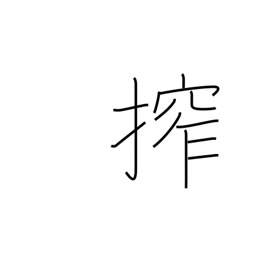
Meaning: squeeze